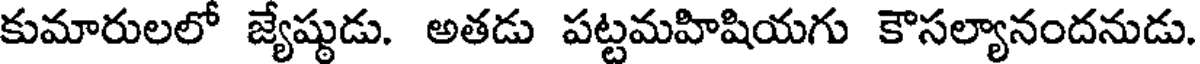
కుమారులలో జ్యేష్టుడు. అతడు పట్టమహిషియగు కౌసల్యానందనుడు.